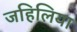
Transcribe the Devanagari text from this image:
जहिलिया